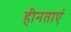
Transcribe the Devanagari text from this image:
हीनताएं